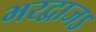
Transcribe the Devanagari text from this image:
भरद्वाजऽ